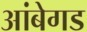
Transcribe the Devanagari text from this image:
आंबेगड